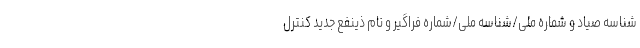
شناسه صیاد و شماره ملی/شناسه ملی/شماره فراگیر و نام ذینفع جدید کنترل